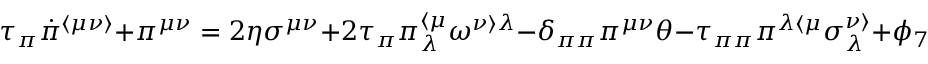
\tau _ { \pi } \dot { \pi } ^ { \langle \mu \nu \rangle } + \pi ^ { \mu \nu } = 2 \eta \sigma ^ { \mu \nu } + 2 \tau _ { \pi } \pi _ { \lambda } ^ { \langle \mu } \omega ^ { \nu \rangle \lambda } - \delta _ { \pi \pi } \pi ^ { \mu \nu } \theta - \tau _ { \pi \pi } \pi ^ { \lambda \langle \mu } \sigma _ { \lambda } ^ { \nu \rangle } + \phi _ { 7 } \pi _ { \alpha } ^ { \langle \mu } \pi ^ { \nu \rangle \alpha } .